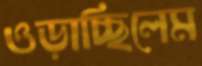
ওড়াচ্ছিলেম